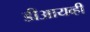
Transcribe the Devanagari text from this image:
डीआयव्ही